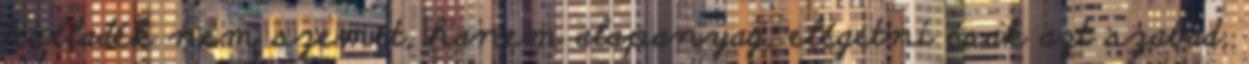
hulladék nem szemét, hanem alapanyag, elégetni csak azt szabad,